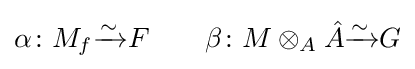
\alpha \colon M_{f}{\xrightarrow {\sim }}F\qquad \beta \colon M\otimes _{A}{\hat {A}}{\xrightarrow {\sim }}G